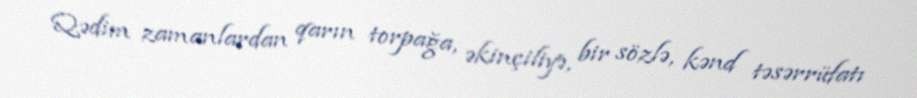
Qədim zamanlardan qarın torpağa, əkinçiliyə, bir sözlə, kənd təsərrüfatı